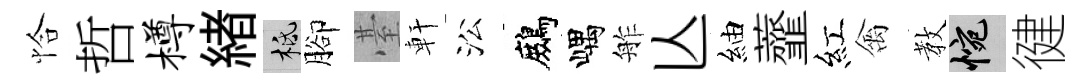
恰哲樽緖柢腳䑓軒㳂鷓嵎舴亾紬虀紅禽教惋徤